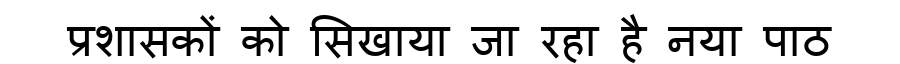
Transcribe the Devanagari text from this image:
प्रशासकों को सिखाया जा रहा है नया पाठ